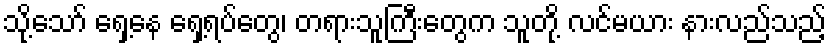
သို့သော် ရှေ့နေ ရှေ့ရပ်တွေ၊ တရားသူကြီးတွေက သူတို့ လင်မယား နားလည်သည့်